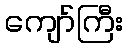
ကျော်ကြီး